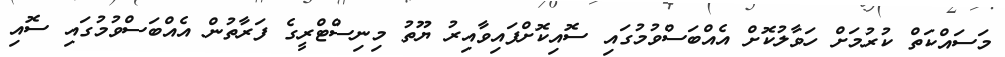
މަސައްކަތް ކުރުމަށް ހަވާލުކޮށް އެއްބަސްވުމުގައި ސޮއިކޮށްފައިވާއިރު ޔޫތު މިނިސްޓްރީގެ ފަރާތުން އެއްބަސްވުމުގައި ސޮއި